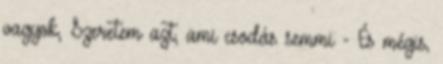
vagyok, Szeretem azt, ami csodás semmi - És mégis,